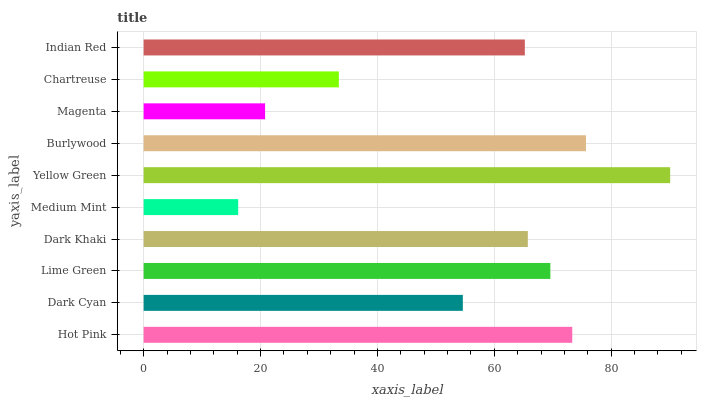
| yaxis_label | bars |
 | --- | --- |
 | Hot Pink | 73.3 |
 | Dark Cyan | 54.6 |
 | Lime Green | 69.6 |
 | Dark Khaki | 65.7 |
 | Medium Mint | 16.2 |
 | Yellow Green | 90.1 |
 | Burlywood | 75.7 |
 | Magenta | 20.8 |
 | Chartreuse | 33.4 |
 | Indian Red | 65.2 |